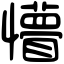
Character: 懵